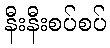
နီးနီးစပ်စပ်